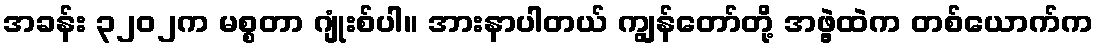
အခန်း ၃၂၀၂က မစ္စတာ ဂျုံးစ်ပါ။ အားနာပါတယ် ကျွန်တော်တို့ အဖွဲ့ထဲက တစ်ယောက်က